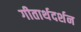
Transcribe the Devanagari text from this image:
गीतार्थदर्शन